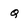
Character: q